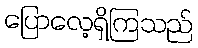
ပြောလေ့ရှိကြသည်